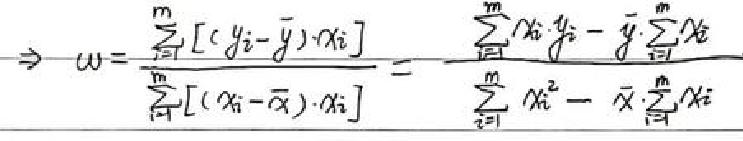
\( \to w = \frac{\sum\limits_{i = 1}^{n}[(y_i-\bar{y})\cdot x_{i2}]}{\sum\limits_{i = 1}^{n}[(x_{i2}-\bar{x})\cdot x_{i2}]}=\frac{\sum\limits_{i = 1}^{n}x_{i2}y_i-\bar{y}\sum\limits_{i = 1}^{n}x_{i2}}{\sum\limits_{i = 1}^{n}x_{i2}^{2}-\bar{x}\sum\limits_{i = 1}^{n}x_{i2}}\)